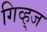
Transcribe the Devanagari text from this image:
गिव्ह्‌ज